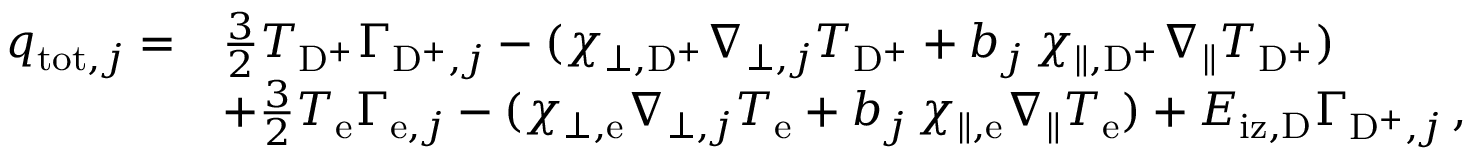
\begin{array} { r l } { q _ { \mathrm { t o t } , j } = } & { \frac { 3 } { 2 } T _ { \mathrm { D } ^ { + } } \Gamma _ { \mathrm { D } ^ { + } , j } - ( \chi _ { \perp , \mathrm { D } ^ { + } } \nabla _ { \perp , j } T _ { \mathrm { D } ^ { + } } + b _ { j } \, \chi _ { \| , \mathrm { D } ^ { + } } \nabla _ { \| } T _ { \mathrm { D } ^ { + } } ) } \\ & { + \frac { 3 } { 2 } T _ { \mathrm { e } } \Gamma _ { \mathrm { e } , j } - ( \chi _ { \perp , \mathrm { e } } \nabla _ { \perp , j } T _ { \mathrm { e } } + b _ { j } \, \chi _ { \| , \mathrm { e } } \nabla _ { \| } T _ { \mathrm { e } } ) + E _ { \mathrm { i z } , \mathrm { D } } \Gamma _ { \mathrm { D } ^ { + } , j } \, , } \end{array}